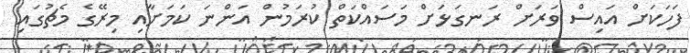
ފަހަކަށް އައިސް ވަރަށް ރަނގަޅަށް މަސައްކަތް ކުރަމުން އަންނަ ކަމަށާއި މިރޭގެ މެޗުގައި